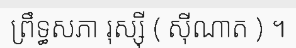
ព្រឹទ្ធសភា រុស្ស៊ី ( ស៊ីណាត ) ។